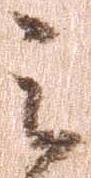
之